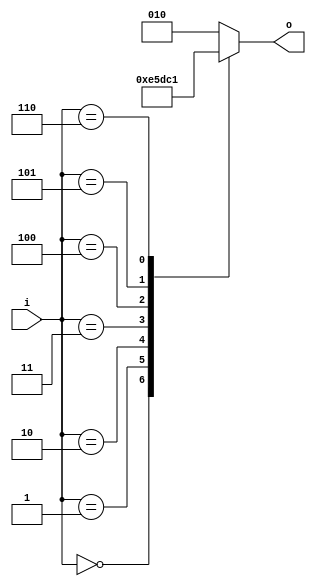
module excess_three_case (i, o);
  input [2:0] i;
  output [2:0] o;
  reg [2:0] o;


always @ (i) begin
  case (i)
    3'b000: o = 3'b011;
    3'b001: o = 3'b100;
    3'b010: o = 3'b101;
    3'b011: o = 3'b110;
    3'b100: o = 3'b111;
    3'b101: o = 3'b000;
    3'b110: o = 3'b001;
    default: o = 3'b010;
  endcase
end

endmodule // excess_three_case